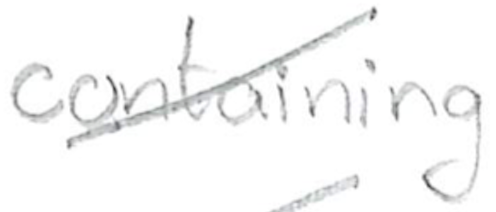
Text: containing
Cross-out: diagonal
Writing tool: pencil